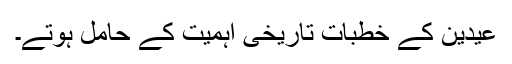
عیدین کے خطبات تاریخی اہمیت کے حامل ہوتے۔